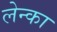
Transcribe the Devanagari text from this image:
लेन्का